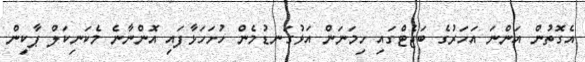
އެގޮތުން އަންނަ އަހަރުގެ ބަޖެޓްގައި ހިމަނަން އަޅުގަނޑުމެން ހުށަހަޅާފައި އޮންނާނެ މެކަނިކަލް ޕާކިން